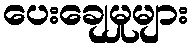
ပေးချေမှုများ